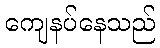
ကျေနပ်နေသည်